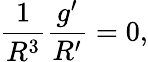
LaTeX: \frac{1}{R^{3}}\frac{g^{\prime}}{R^{\prime}}=0,